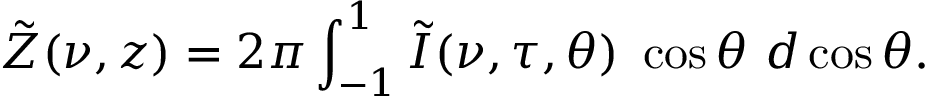
\tilde { Z } ( \nu , z ) = 2 \pi \int _ { - 1 } ^ { 1 } \tilde { I } ( \nu , \tau , \theta ) \ \cos \theta \ d \cos \theta .